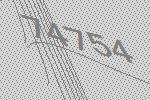
74754